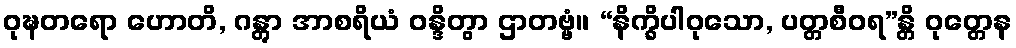
ဝုဍ္ဎတရော ဟောတိ, ဂန္တွာ အာစရိယံ ဝန္ဒိတွာ ဌာတဗ္ဗံ။ “နိက္ခိပါဝုသော, ပတ္တစီဝရ”န္တိ ဝုတ္တေန